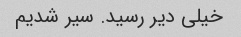
خیلی دیر رسید. سیر شدیم